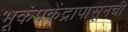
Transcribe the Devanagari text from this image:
भूकंपकेंद्रापासूनची